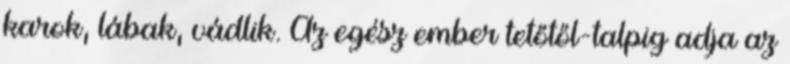
karok, lábak, vádlik. Az egész ember tetőtől-talpig adja az